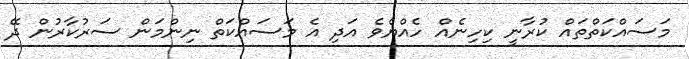
މަސައްކަތްތައް ކުރާނީ ކިހިނެއް ހެއްޔެވެ އަދި އެ މަސައްކަތް ނިންމަން ސަރުކާރުން ދޭ